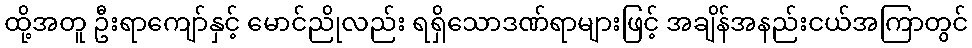
ထို့အတူ ဦးရာကျော်နှင့် မောင်ညိုလည်း ရရှိသောဒဏ်ရာများဖြင့် အချိန်အနည်းငယ်အကြာတွင်